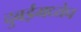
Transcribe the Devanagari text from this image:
दुबईमध्येच